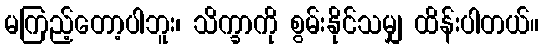
မကြည့်တော့ပါဘူး၊ သိက္ခာကို စွမ်းနိုင်သမျှ ထိန်းပါတယ်။